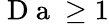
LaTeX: \mathrm{~D~a~}\geq 1